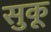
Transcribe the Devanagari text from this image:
सुकू